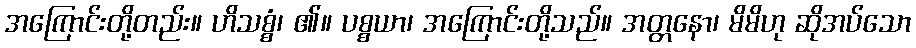
အကြောင်းတို့တည်း။ ဟိသစ္စံ၊ ၏။ ပစ္စယာ၊ အကြောင်းတို့သည်။ အတ္တနော၊ မိမိဟု ဆိုအပ်သော